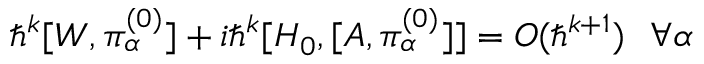
\hbar ^ { k } [ W , \pi _ { \alpha } ^ { ( 0 ) } ] + i \hbar ^ { k } [ H _ { 0 } , [ A , \pi _ { \alpha } ^ { ( 0 ) } ] ] = O ( \hbar ^ { k + 1 } ) ~ ~ \forall \alpha